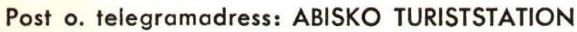
Post o. telegramadress: ABISKO TURISTSTATION